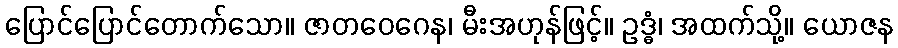
ပြောင်ပြောင်တောက်သော။ ဇာတဝေဂေန၊ မီးအဟုန်ဖြင့်။ ဥဒ္ဓံ၊ အထက်သို့။ ယောဇန